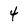
Character: 4